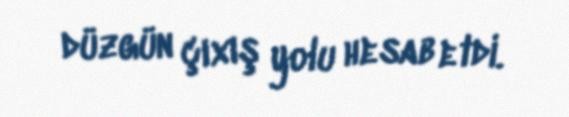
düzgün çıxış yolu hesab etdi.